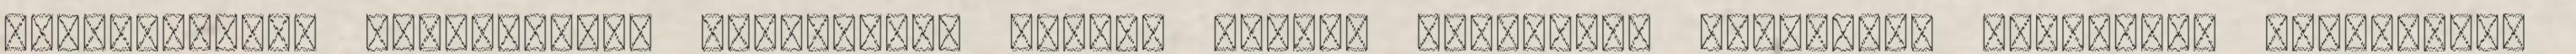
legfontosabb ellenszere. Országbíró Zoltán vezető mérsékelt demokrata politikai véleménye: